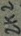
Text: 2K2